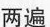
两遍